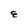
Character: E